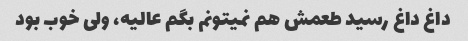
داغ داغ رسید طعمش هم نمیتونم بگم عالیه، ولی خوب بود